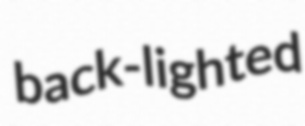
back-lighted